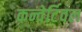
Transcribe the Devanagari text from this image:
कन्वेर्टिवल